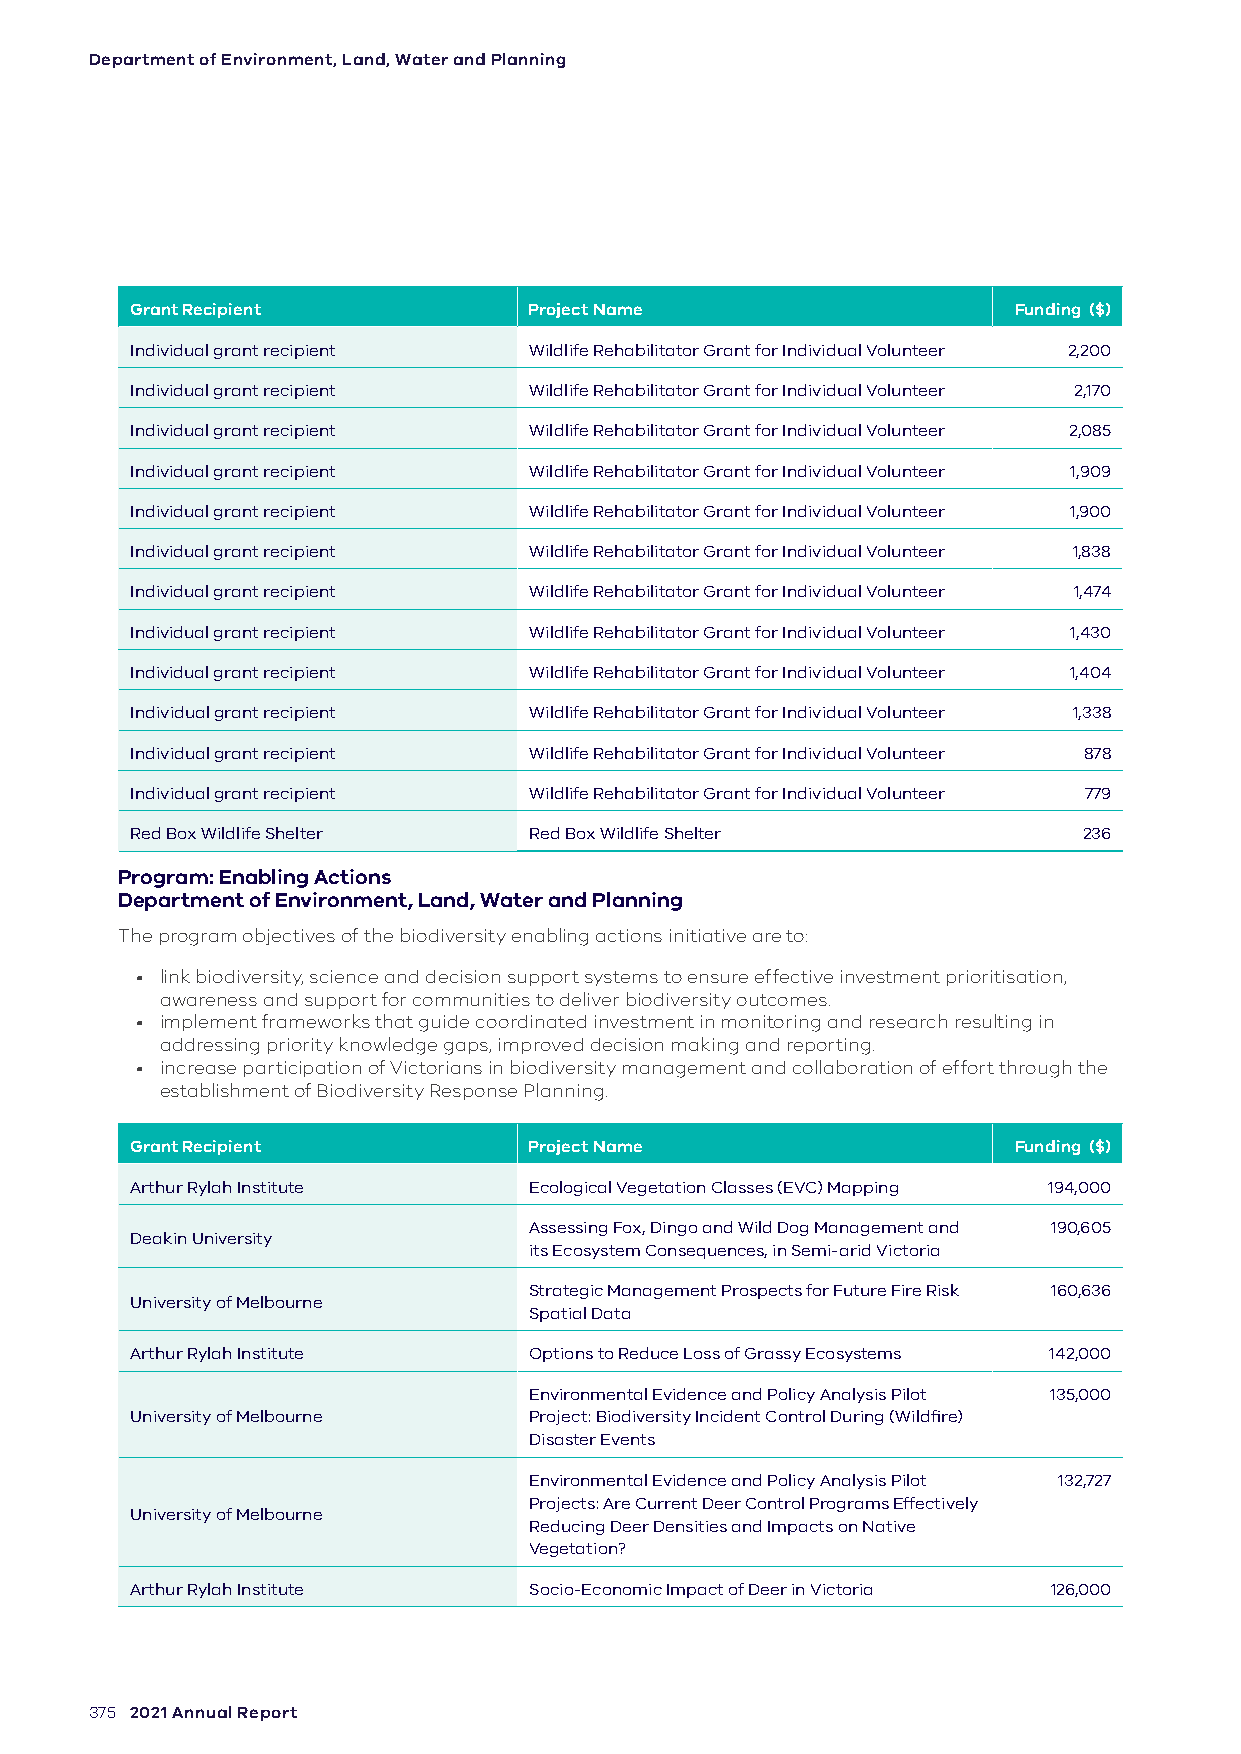
Department of Environment, Land, Water and Planning
 Grant Recipient           Project Name                    Funding ($)
 Individual grant recipient Wildlife Rehabilitator Grant for Individual Volunteer 2,200
 Individual grant recipient Wildlife Rehabilitator Grant for Individual Volunteer 2,170
 Individual grant recipient Wildlife Rehabilitator Grant for Individual Volunteer 2,085
 Individual grant recipient Wildlife Rehabilitator Grant for Individual Volunteer 1,909
 Individual grant recipient Wildlife Rehabilitator Grant for Individual Volunteer 1,900
 Individual grant recipient Wildlife Rehabilitator Grant for Individual Volunteer 1,838
 Individual grant recipient Wildlife Rehabilitator Grant for Individual Volunteer 1,474
 Individual grant recipient Wildlife Rehabilitator Grant for Individual Volunteer 1,430
 Individual grant recipient Wildlife Rehabilitator Grant for Individual Volunteer 1,404
 Individual grant recipient Wildlife Rehabilitator Grant for Individual Volunteer 1,338
 Individual grant recipient Wildlife Rehabilitator Grant for Individual Volunteer 878
 Individual grant recipient Wildlife Rehabilitator Grant for Individual Volunteer 779
 Red Box Wildlife Shelter  Red Box Wildlife Shelter             236
 Program: Enabling Actions
 Department of Environment, Land, Water and Planning
 The program objectives of the biodiversity enabling actions initiative are to:
 • link biodiversity, science and decision support systems to ensure effective investment prioritisation,
 awareness and support for communities to deliver biodiversity outcomes.
 • implement frameworks that guide coordinated investment in monitoring and research resulting in
 addressing priority knowledge gaps, improved decision making and reporting.
 • increase participation of Victorians in biodiversity management and collaboration of effort through the
 establishment of Biodiversity Response Planning.
 Grant Recipient           Project Name                    Funding ($)
 Arthur Rylah Institute    Ecological Vegetation Classes (EVC) Mapping 194,000
 Assessing Fox, Dingo and Wild Dog Management and 190,605
 Deakin University
 its Ecosystem Consequences, in Semi-arid Victoria
 Strategic Management Prospects for Future Fire Risk 160,636
 University of Melbourne
 Spatial Data
 Arthur Rylah Institute    Options to Reduce Loss of Grassy Ecosystems 142,000
 Environmental Evidence and Policy Analysis Pilot 135,000
 University of Melbourne   Project: Biodiversity Incident Control During (Wildfire)
 Disaster Events
 Environmental Evidence and Policy Analysis Pilot 132,727
 Projects: Are Current Deer Control Programs Effectively
 University of Melbourne
 Reducing Deer Densities and Impacts on Native
 Vegetation?
 Arthur Rylah Institute    Socio-Economic Impact of Deer in Victoria 126,000
 375 2021 Annual Report